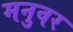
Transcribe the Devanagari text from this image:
मनुवर